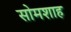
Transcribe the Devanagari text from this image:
सोमशाह